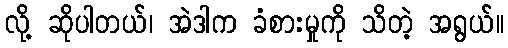
လို့ ဆိုပါတယ်၊ အဲဒါက ခံစားမှုကို သိတဲ့ အရွယ်။